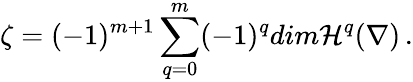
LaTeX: \zeta=(-1)^{m+1}\sum_{q=0}^{m}(-1)^{q}dim\mathcal{H}^{q}(\nabla)\, .